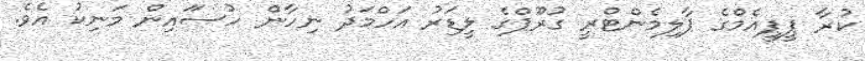
ކުރާ ޕީޕީއެމްގެ ޕާލިމެންޓްރީ ގުރޫޕްގެ ލީޑަރު އަހްމަދު ނިހާން ހުސަައިން މަނިކު އެވެ.